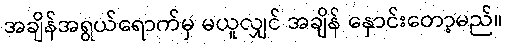
အချိန်အရွယ်ရောက်မှ မယူလျှင် အချိန် နှောင်းတော့မည်။